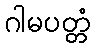
ဂါမပတ္တံ